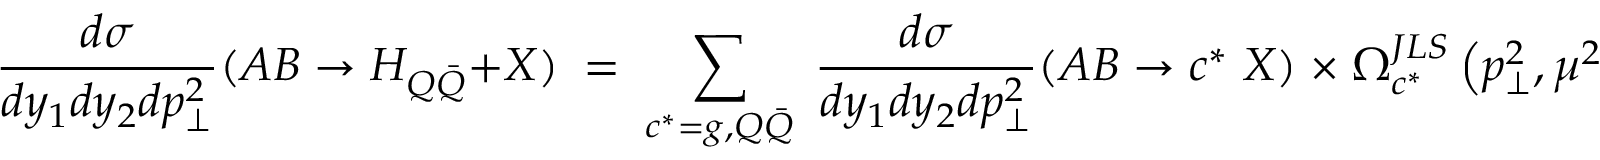
\frac { d \sigma } { d y _ { 1 } d y _ { 2 } d p _ { \perp } ^ { 2 } } ( A B \rightarrow H _ { Q \bar { Q } } + X ) \; = \; \sum _ { c ^ { \ast } = g , Q \bar { Q } } \; \frac { d \sigma } { d y _ { 1 } d y _ { 2 } d p _ { \perp } ^ { 2 } } ( A B \rightarrow c ^ { \ast } \; X ) \; \times \; \Omega _ { c ^ { \ast } } ^ { J L S } \left( p _ { \perp } ^ { 2 } , \mu ^ { 2 } \right) \; ,